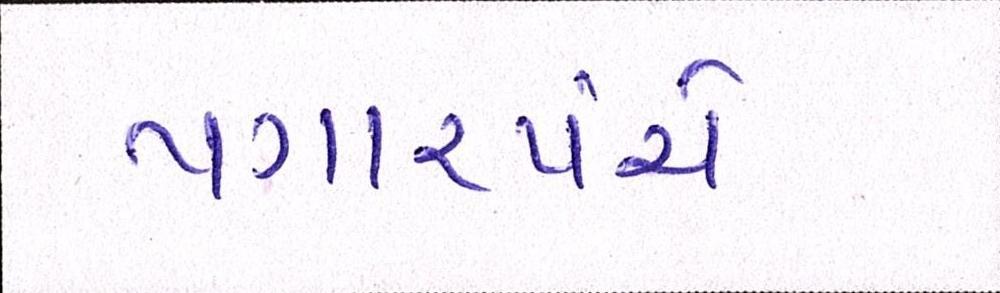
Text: પગારપંચે